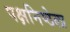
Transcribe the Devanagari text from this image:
पक्षनिष्ठेला